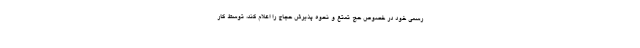
رسمی خود در خصوص حج تمتع و نحوه پذیرش حجاج را اعلام کند، توسط کار